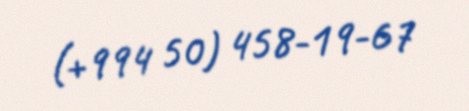
(+994 50) 458-19-67